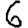
Digit: 6